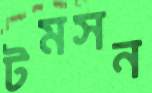
টমসন